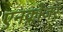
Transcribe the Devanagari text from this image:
एनक्लोजर